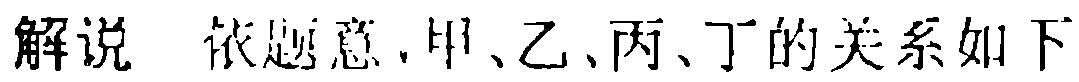
解说 依题意，甲、乙、丙、丁的关系如下